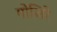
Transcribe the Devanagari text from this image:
गोजिरे